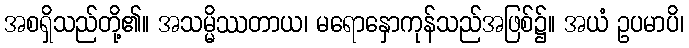
အစရှိသည်တို့၏။ အသမ္မိဿတာယ၊ မရောနှောကုန်သည်အဖြစ်၌။ အယံ ဥပမာပိ၊